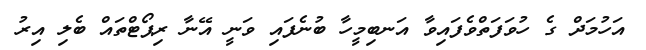
އަހުމަދް ގެ ހުވަފަތްވެފައިވާ އަނބިމީހާ ބުނެފައި ވަނީ އޭނާ ރިޕޯޓްތައް ބެލި އިރު